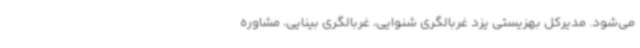
می‌شود. مدیرکل بهزیستی یزد غربالگری شنوایی، غربالگری بینایی، مشاوره